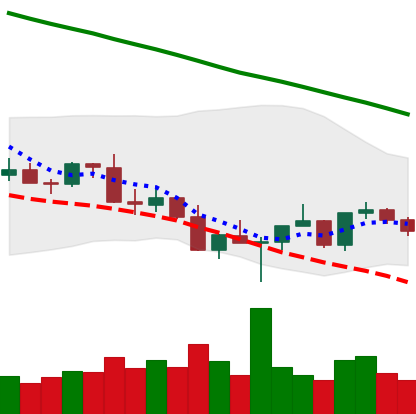
Ticker: XLM-USD
Chart end date: 2022-03-03
Forward return: -7.946%
Label: down_7plus